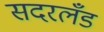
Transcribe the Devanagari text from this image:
सदरलँड